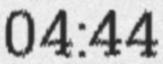
04:44